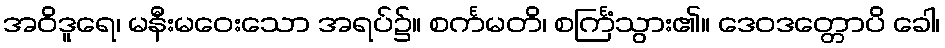
အဝိဒူရေ၊ မနီးမဝေးသော အရပ်၌။ စင်္ကမတိ၊ စင်္ကြံသွား၏။ ဒေဝဒတ္တောပိ ခေါ၊